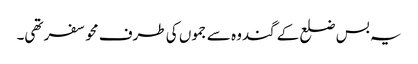
یہ بس ضلع کے گندوہ سے جموں کی طرف محو سفر تھی۔